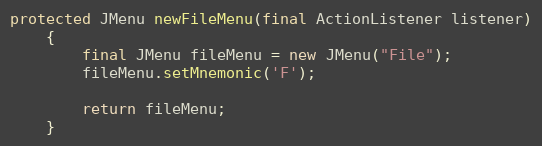
Language: Java
protected JMenu newFileMenu(final ActionListener listener)
	{
		final JMenu fileMenu = new JMenu("File");
		fileMenu.setMnemonic('F');

		return fileMenu;
	}